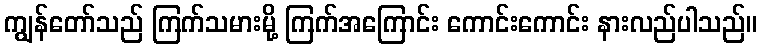
ကျွန်တော်သည် ကြက်သမားမို့ ကြက်အကြောင်း ကောင်းကောင်း နားလည်ပါသည်။